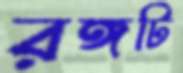
রঙ্গটি